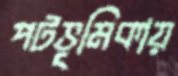
পটভূমিকায়